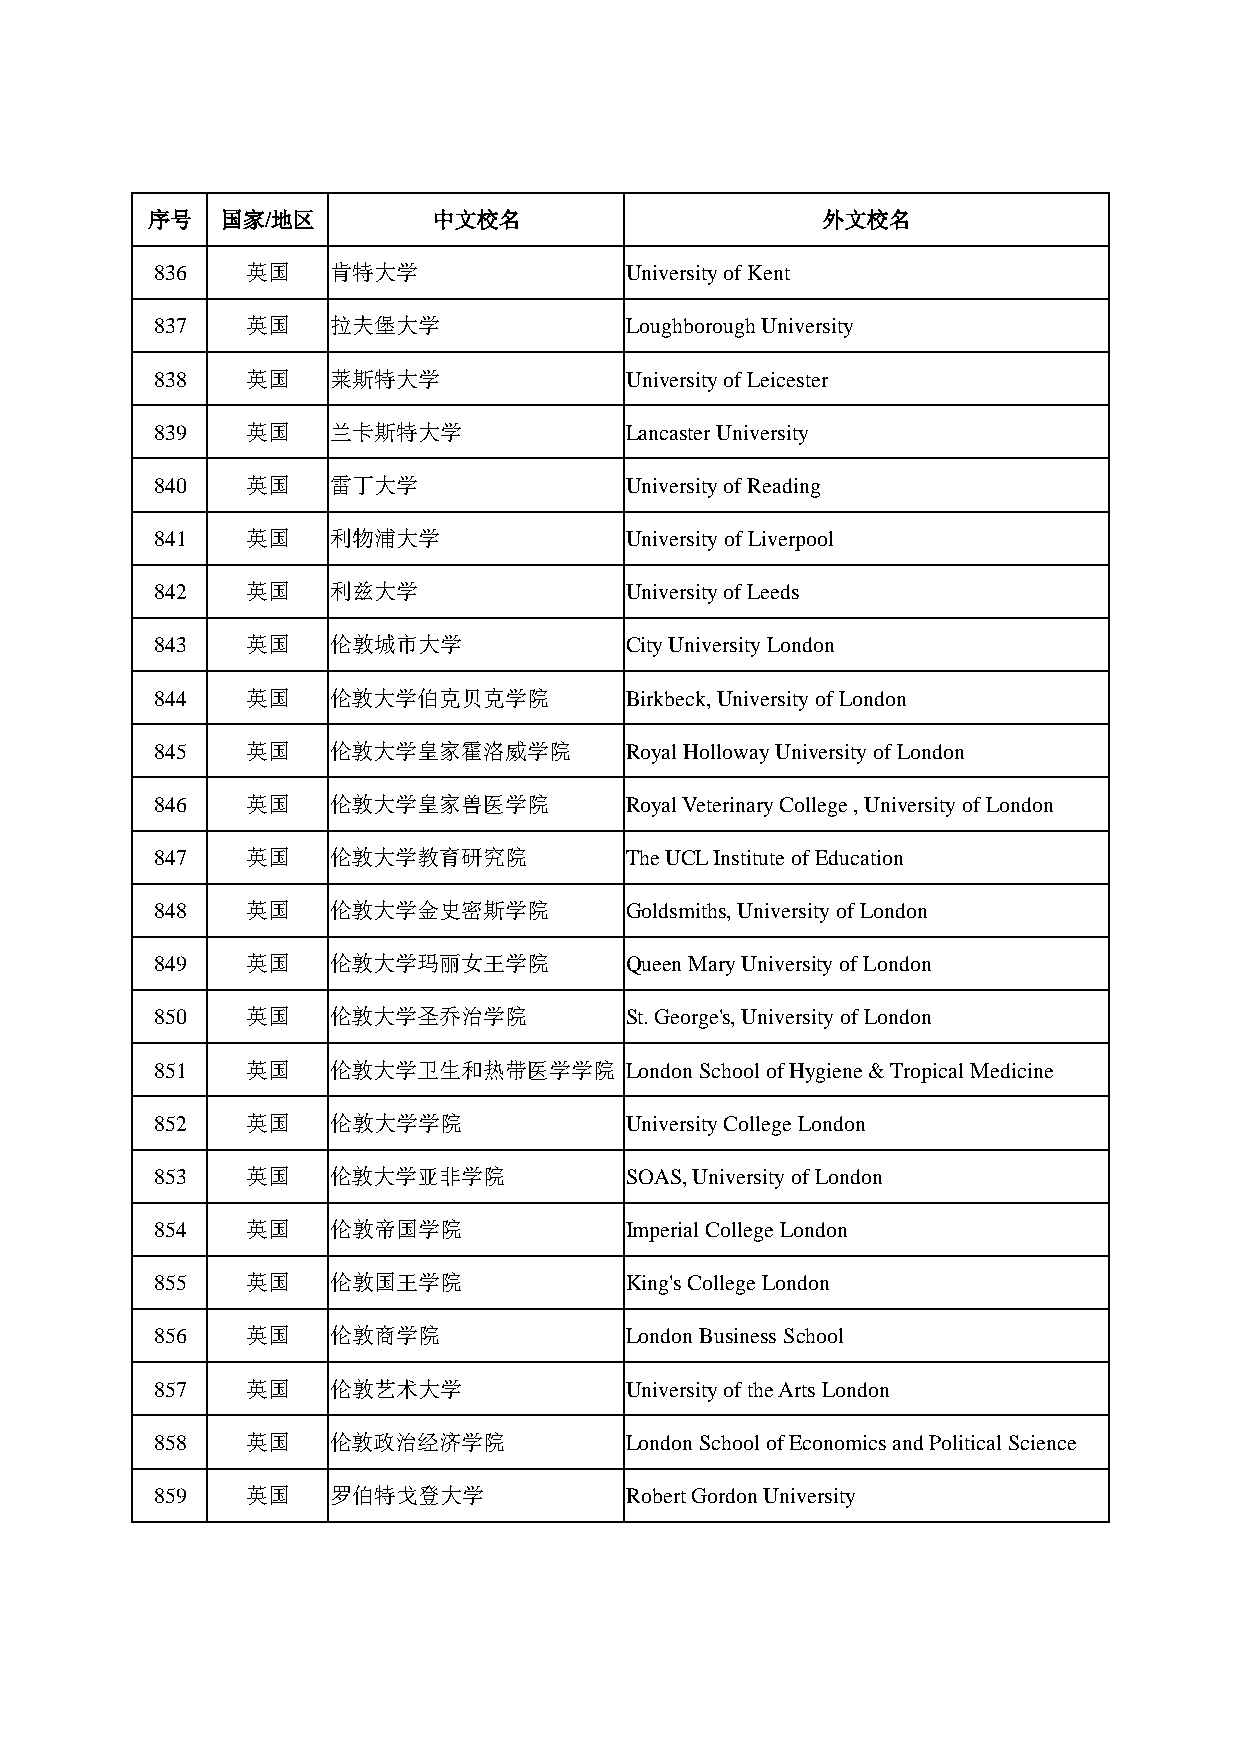
序号   国家/地区         中文校名                     外文校名
 836   英国    肯特大学               University of Kent
 837   英国    拉夫堡大学              Loughborough University
 838   英国    莱斯特大学              University of Leicester
 839   英国    兰卡斯特大学             Lancaster University
 840   英国    雷丁大学               University of Reading
 841   英国    利物浦大学              University of Liverpool
 842   英国    利兹大学               University of Leeds
 843   英国    伦敦城市大学             City University London
 844   英国    伦敦大学伯克贝克学院         Birkbeck, University of London
 845   英国    伦敦大学皇家霍洛威学院        Royal Holloway University of London
 846   英国    伦敦大学皇家兽医学院         Royal Veterinary College , University of London
 847   英国    伦敦大学教育研究院          The UCL Institute of Education
 848   英国    伦敦大学金史密斯学院         Goldsmiths, University of London
 849   英国    伦敦大学玛丽女王学院         Queen Mary University of London
 850   英国    伦敦大学圣乔治学院          St. George's, University of London
 851   英国    伦敦大学卫生和热带医学学院      London School of Hygiene & Tropical Medicine
 852   英国    伦敦大学学院             University College London
 853   英国    伦敦大学亚非学院           SOAS, University of London
 854   英国    伦敦帝国学院             Imperial College London
 855   英国    伦敦国王学院             King's College London
 856   英国    伦敦商学院              London Business School
 857   英国    伦敦艺术大学             University of the Arts London
 858   英国    伦敦政治经济学院           London School of Economics and Political Science
 859   英国    罗伯特戈登大学            Robert Gordon University